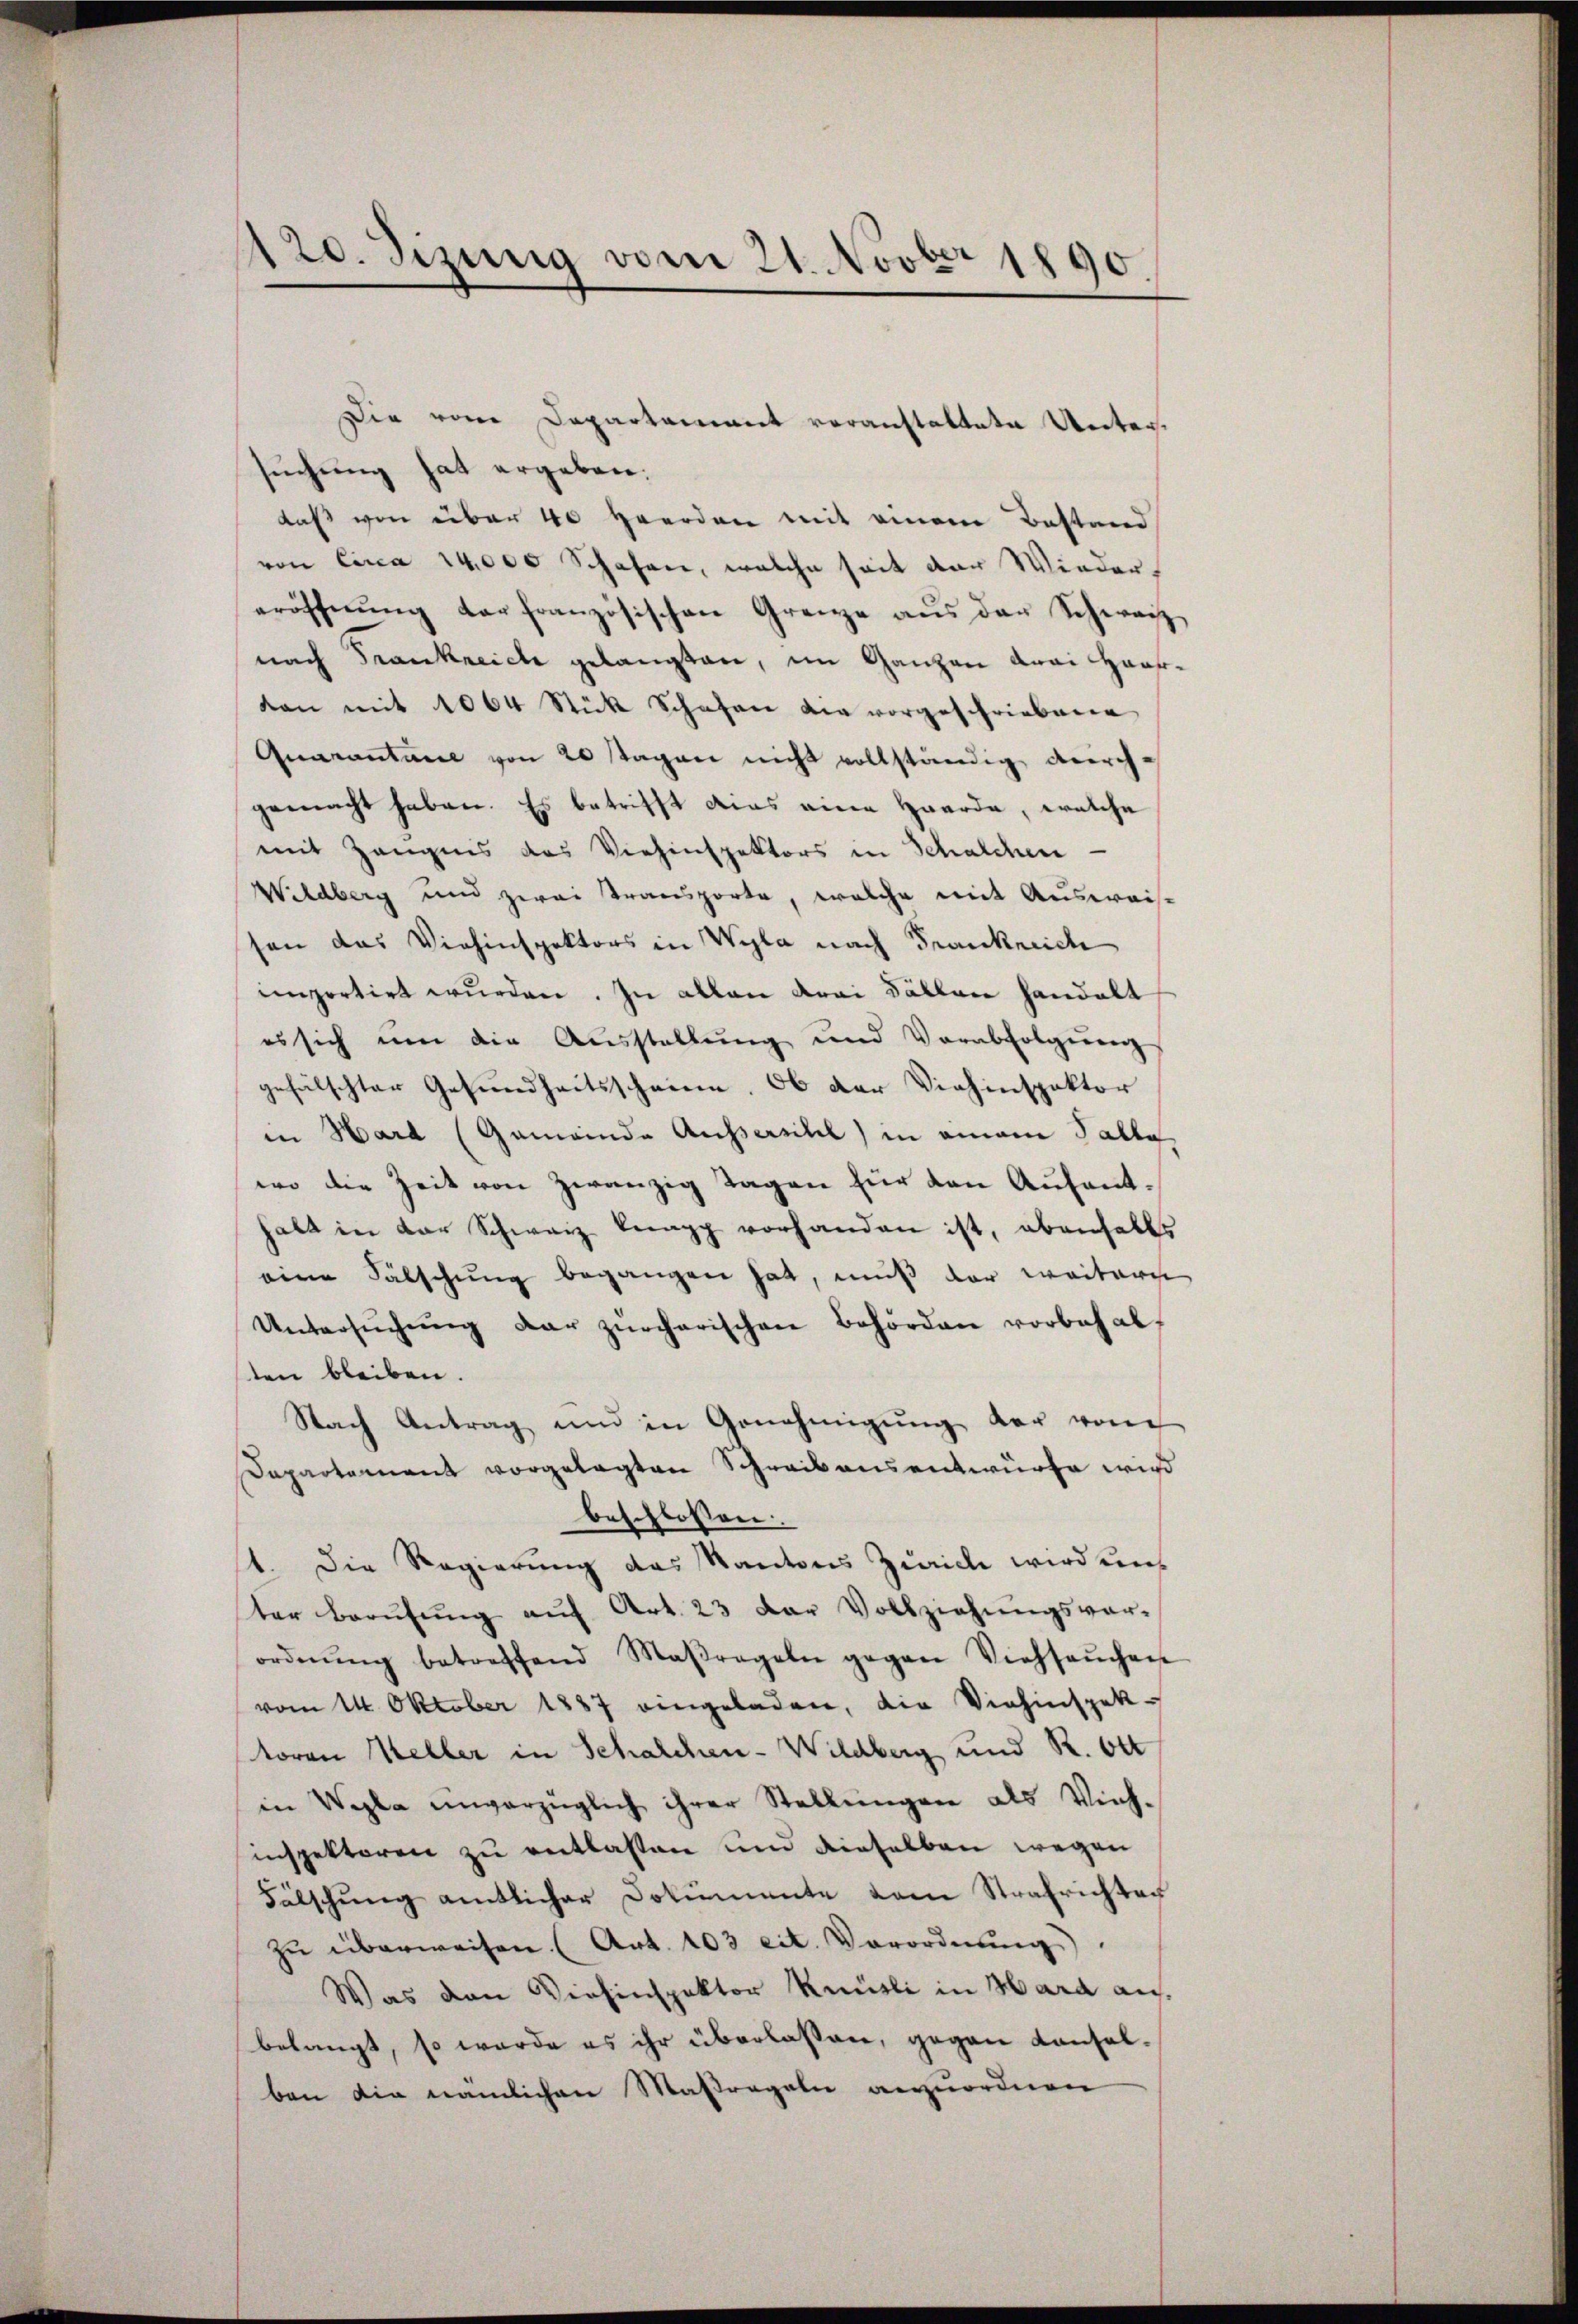
120. Jizung vom 21. Novber 1890

suchung hat ergeben:
daß von über 40 Heerden mit einem Bestand
von Circa 14,000 Schafen, welche seit der Wiedereröffnŭng der französischen Grenze aŭs der Schweiz
nach Frankreich gelangten, im Ganzen drei Haarvon mit 1064 Stück Schafen die vorgeschriebene
Quarantaire von 20 stagen nicht vollständig durch-
gemacht haben. Es betrifft dies eine Haarda, welche
mit Zeugnis das Viehinspektors in Schalchen
Wildberg und zwei Transporte, welche mit Ausweise
sen das Viehinspektors in Wyla nach Frankreiche
importirt wurden. In allen Krai Fällen handelt
es sich um die Ausstellung und Verabfolgŭng
gefälschter Gesundheitsscheine. Ob der Viehinspektor
in Hard (Gemeinde Aussersihl in einem Talla
wo die Zeit von zwanzig Tagen für den Aufentgala in der Schwarz knapp vorhanden ist, ebenfalls
eine Fälschung begangen hat, muß der weiterch
Untersŭchŭng der zürcherischen Behörden vorbehalten bleiben.
Nach Antrag und in Genehmigŭng der von
Departement vorgelegten Schreibensentwürfe wird
beschlossen:
1. Die Regierung das Kantons Zürich wird uns
ter Berŭfŭng aŭf Art. 23 der Vollziehŭngsver-
ordnŭng betreffend Maßregeln gegen Viehsaŭchen
vom 14. Oktober 1887 eingeladen, die Viehinspek-
toren Keller in Schalchen-Wildberg und R. Ott
in Wyla unverzüglich ihrer Stellŭngen als Vieh-
inspektoren zu entlassen und dieselben wegen
Fälschung amtlicher Dokumente vom Strafrichter
zŭ überweisen. (Art. 103 cit. Verordnŭng
Was den Versinspektor Knüsli in Hard au
belangt, so werde es ihr überlaßen, gegen Konsolben die nämlichen Maßregeln anzuordnen

Die vom Departamant voranstaltete Unter¬